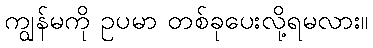
ကျွန်မကို ဥပမာ တစ်ခုပေးလို့ရမလား။